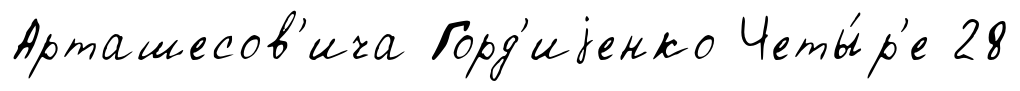
Арташесов'ича Горд'иjенко Четы́р'е 28